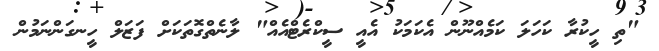
"ތި ހީކުރާ ކަހަލަ ކަމެއްނޫން އެކަމަކު އެއީ ސީކްރެޓްއެއް" ލާނެތްގޮތަކަށް ފަޒަލް ހީނގަންނަމުން